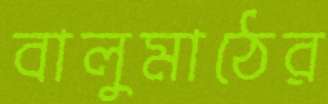
বালুমাঠের